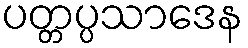
ပတ္တပ္ပသာဒေန